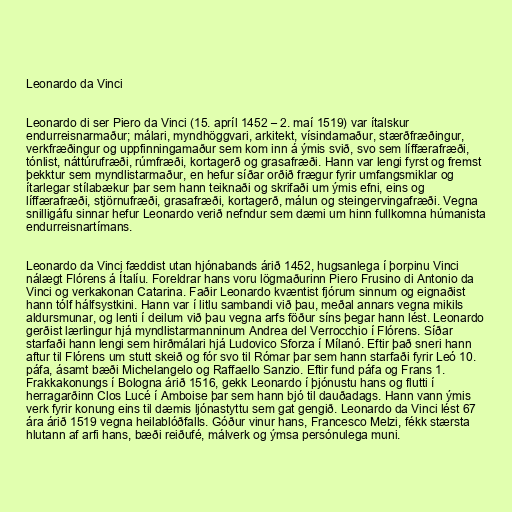
Leonardo da Vinci

Leonardo di ser Piero da Vinci (15. apríl 1452 – 2. maí 1519) var ítalskur
endurreisnarmaður; málari, myndhöggvari, arkitekt, vísindamaður, stærðfræðingur,
verkfræðingur og uppfinningamaður sem kom inn á ýmis svið, svo sem líffærafræði,
tónlist, náttúrufræði, rúmfræði, kortagerð og grasafræði. Hann var lengi fyrst og fremst
þekktur sem myndlistarmaður, en hefur síðar orðið frægur fyrir umfangsmiklar og
ítarlegar stílabækur þar sem hann teiknaði og skrifaði um ýmis efni, eins og
líffærafræði, stjörnufræði, grasafræði, kortagerð, málun og steingervingafræði. Vegna
snilligáfu sinnar hefur Leonardo verið nefndur sem dæmi um hinn fullkomna húmanista
endurreisnartímans.

Leonardo da Vinci fæddist utan hjónabands árið 1452, hugsanlega í þorpinu Vinci
nálægt Flórens á Ítalíu. Foreldrar hans voru lögmaðurinn Piero Frusino di Antonio da
Vinci og verkakonan Catarina. Faðir Leonardo kvæntist fjórum sinnum og eignaðist
hann tólf hálfsystkini. Hann var í litlu sambandi við þau, meðal annars vegna mikils
aldursmunar, og lenti í deilum við þau vegna arfs föður síns þegar hann lést. Leonardo
gerðist lærlingur hjá myndlistarmanninum Andrea del Verrocchio í Flórens. Síðar
starfaði hann lengi sem hirðmálari hjá Ludovico Sforza í Mílanó. Eftir það sneri hann
aftur til Flórens um stutt skeið og fór svo til Rómar þar sem hann starfaði fyrir Leó 10.
páfa, ásamt bæði Michelangelo og Raffaello Sanzio. Eftir fund páfa og Frans 1.
Frakkakonungs í Bologna árið 1516, gekk Leonardo í þjónustu hans og flutti í
herragarðinn Clos Lucé í Amboise þar sem hann bjó til dauðadags. Hann vann ýmis
verk fyrir konung eins til dæmis ljónastyttu sem gat gengið. Leonardo da Vinci lést 67
ára árið 1519 vegna heilablóðfalls. Góður vinur hans, Francesco Melzi, fékk stærsta
hlutann af arfi hans, bæði reiðufé, málverk og ýmsa persónulega muni.